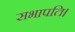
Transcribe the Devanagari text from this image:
सभापति।